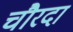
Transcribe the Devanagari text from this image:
चौरदा